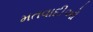
મતવાદીઓ